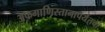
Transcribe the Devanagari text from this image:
अफगाणिस्तानापर्यंतचा